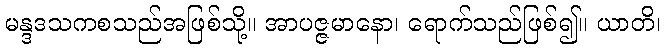
မန္ဒဒသကစသည်အဖြစ်သို့။ အာပဇ္ဇမာနော၊ ရောက်သည်ဖြစ်၍။ ယာတိ၊